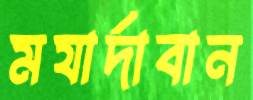
মযার্দাবান